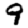
Digit: 9